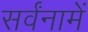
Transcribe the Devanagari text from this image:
सर्वंनामें